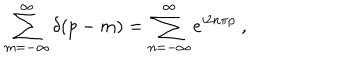
LaTeX: \sum _ { m = - \infty } ^ { \infty } \delta \! \left( p - m \right) = \sum _ { n = - \infty } ^ { \infty } e ^ { i 2 n \pi p } \ ,